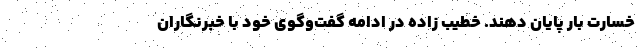
خسارت بار پایان دهند. خطیب زاده در ادامه گفت‌وگوی خود با خبرنگاران